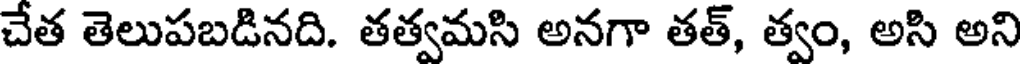
చేత తెలుపబడినది. తత్వమసి అనగా తత్, త్వం, అసి అని